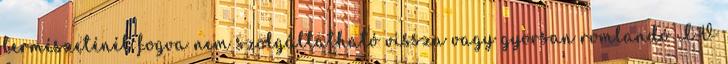
természeténél fogva nem szolgáltatható vissza vagy gyorsan romlandó IV